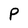
Character: P